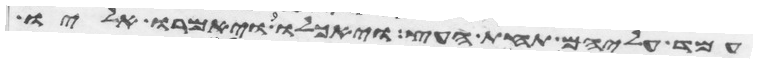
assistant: עמד עליהם תחת העץ ויאכלו ויאמרו אליו